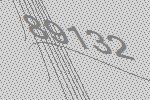
89132